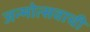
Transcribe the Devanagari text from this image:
जन्मोत्सवाची